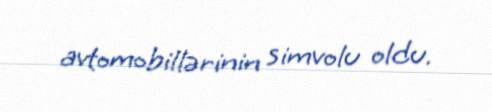
avtomobillərinin simvolu oldu.